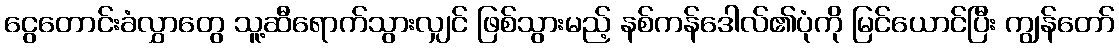
ငွေတောင်းခံလွှာတွေ သူ့ဆီရောက်သွားလျှင် ဖြစ်သွားမည့် နစ်ကန်ဒေါလ်၏ပုံကို မြင်ယောင်ပြီး ကျွန်တော်